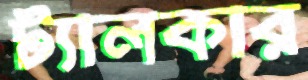
ট্যালকার